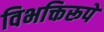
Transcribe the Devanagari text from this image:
विभक्तिरूपे